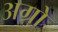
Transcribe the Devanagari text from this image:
अग्रो